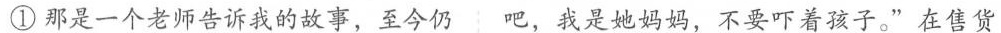
①那是一个老师告诉我的故事，至今仍吧，我是她妈妈，不要吓着孩子。”在售货